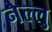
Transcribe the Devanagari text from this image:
नेल्लु